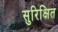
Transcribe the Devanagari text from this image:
सुरिक्षित